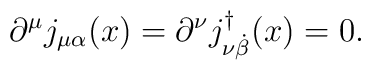
\partial^{\mu} j_{\mu \alpha}(x)= \partial^{\nu} j_{\nu {\dot {\beta}}}^{\dag}(x)=0.